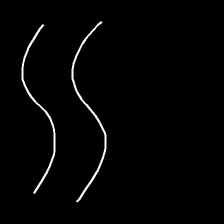
Glyph: float